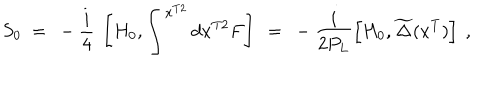
S _ { 0 } \ = \ - \frac { i } { 4 } \ \left[ H _ { 0 } , \int ^ { x ^ { T 2 } } d x ^ { T 2 } F \right] \ = \ - \frac { i } { 2 P _ { L } } \left[ H _ { 0 } , \widetilde \Delta ( x ^ { T } ) \right] \ ,